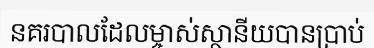
នគរបាលដែលម្ចាស់ស្ថានីយបានប្រាប់